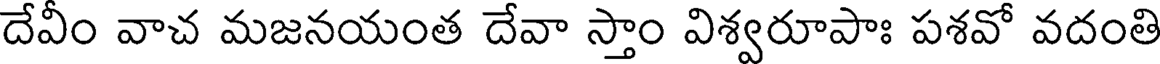
దేవీం వాచ మజనయంత దేవా స్తాం విశ్వరూపాః పశవో వదంతి